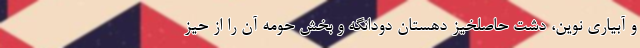
و آبیاری نوین، دشت حاصلخیز دهستان دودانگه و بخش حومه آن را از حیز